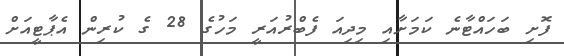
ފޮށި ބަހައްޓާނެ ކަމަށާއި މިދިއަ ފެބްރުއަރީ މަހުގެ 28 ގެ ކުރިން އެޕާޓީއަށް